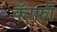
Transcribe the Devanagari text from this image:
कॅाफ़ी